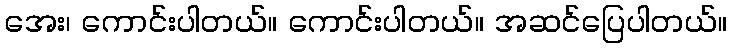
အေး၊ ကောင်းပါတယ်။ ကောင်းပါတယ်။ အဆင်ပြေပါတယ်။